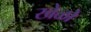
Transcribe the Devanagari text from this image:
खेळो